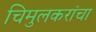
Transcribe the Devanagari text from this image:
चिमुलकरांचा